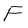
Character: F